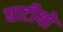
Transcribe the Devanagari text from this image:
घाटीयो